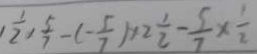
( \frac { 1 } { 2 } ) \frac { 5 } { 7 } - ( - \frac { 5 } { 7 } ) \times 2 \frac { 1 } { 2 } - \frac { 5 } { 7 } \times \frac { 1 } { 2 }